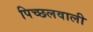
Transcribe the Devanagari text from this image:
पिच्छलवाली